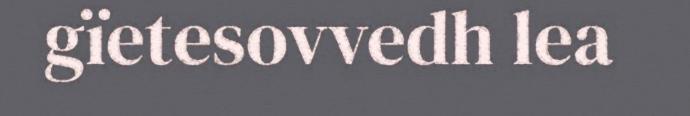
gïetesovvedh lea